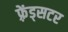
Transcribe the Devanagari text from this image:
फ़्रेंड्सटर